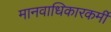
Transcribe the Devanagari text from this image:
मानवाधिकारकर्मी